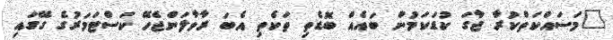
"މަސައްކަތްކުރާ ޖާގަ ކުޑަކަމުން ބައެއް ބޮޑެތި ތަކެތި އެބަ ރާވާލަންޖެހޭ ކަސްޓަމަރުގެ ގޭގައި